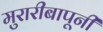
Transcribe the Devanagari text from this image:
मुरारीबापूनी